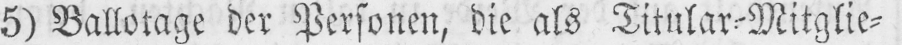
5) Ballotage der Personen, die als Titular⸗Mitglie⸗